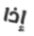
إذا